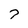
Character: 7